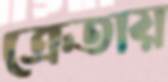
ক্রেতায়